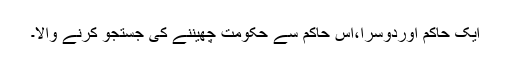
ایک حاکم اوردوسرا،اس حاکم سے حکومت چھیننے کی جستجو کرنے والا۔